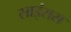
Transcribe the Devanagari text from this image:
साइंसस